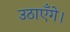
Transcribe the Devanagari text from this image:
उठाएँगे।